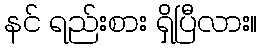
နင် ရည်းစား ရှိပြီလား။